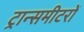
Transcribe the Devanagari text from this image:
ट्रान्समीटरों